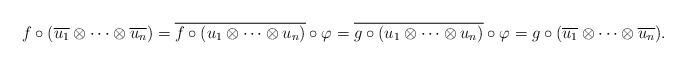
LaTeX: \begin{align*}f\circ (\overline{u_1}\otimes\dots\otimes \overline{u_n})= \overline{f\circ(u_1\otimes\dots\otimes u_n)}\circ\varphi =\overline{g\circ(u_1\otimes\dots\otimes u_n)}\circ\varphi =g\circ (\overline{u_1}\otimes\dots\otimes \overline{u_n}).\end{align*}